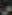
مي